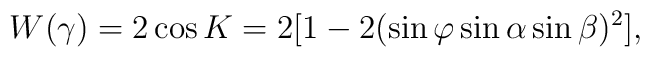
W(\gamma)=2\cos K=2\bigl[1-2(\sin\varphi\sin\alpha\sin\beta)^2\bigl],